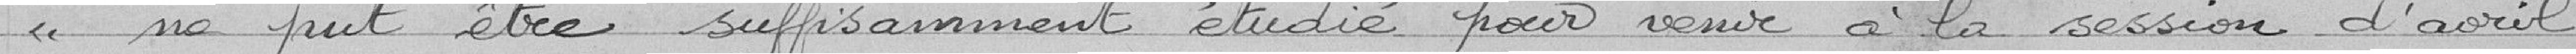
« ne put être suffisamment étudié pour venir à la session d'avril